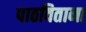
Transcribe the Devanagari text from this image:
पाठविताना